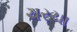
ચરચા